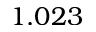
1 . 0 2 3